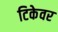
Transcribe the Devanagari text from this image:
टिकेवर